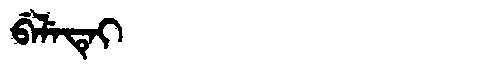
Manchu: ᠪᡝᠯᡝᡨᡝᡳ
Romanization: BELETEI